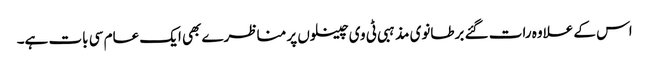
اس کے علاوہ رات گئے برطانوی مذہبی ٹی وی چینلوں پر مناظرے بھی ایک عام سی بات ہے۔